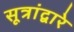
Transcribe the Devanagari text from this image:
सूत्रांद्वारे